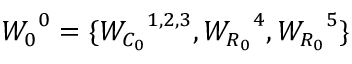
\boldsymbol { W _ { 0 } } ^ { 0 } = \{ \boldsymbol { W _ { C _ { 0 } } } ^ { 1 , 2 , 3 } , \boldsymbol { W _ { R _ { 0 } } } ^ { 4 } , \boldsymbol { W _ { R _ { 0 } } } ^ { 5 } \}